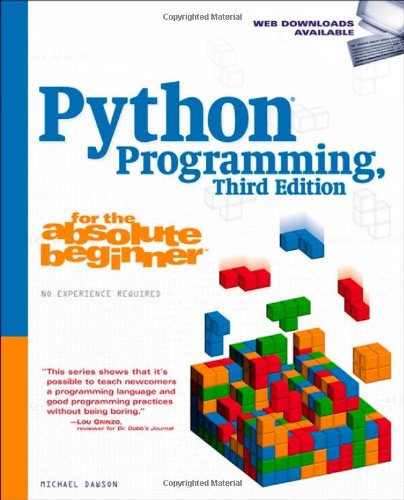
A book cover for Python Programming for the Absolute Beginner, 3rd Edition; Michael Dawson; Computers & Technology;